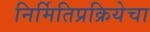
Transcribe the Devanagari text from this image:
निर्मितिप्रक्रियेचा